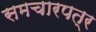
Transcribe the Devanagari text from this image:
समचारपत्र